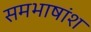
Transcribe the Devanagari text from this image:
समभाषांश